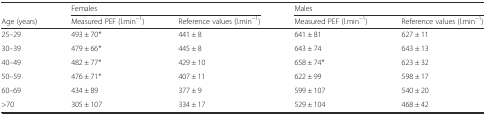
<table><thead><tr><td>[EMPTY_CELL]</td><td colspan="2"><b>Females</b></td><td colspan="2"><b>Males</b></td></tr><tr><td><b>Age (years)</b></td><td><b>Measured PEF (l.min<sup>−1</sup>)</b></td><td><b>Reference values (l.min<sup>−1</sup>)</b></td><td><b>Measured PEF (l.min<sup>−1</sup>)</b></td><td><b>Reference values (l.min<sup>−1</sup>)</b></td></tr></thead><tbody><tr><td>25–29</td><td>493 ± 70*</td><td>441 ± 8</td><td>641 ± 81</td><td>627 ± 11</td></tr><tr><td>30–39</td><td>479 ± 66*</td><td>445 ± 8</td><td>643 ± 74</td><td>643 ± 13</td></tr><tr><td>40–49</td><td>482 ± 77*</td><td>429 ± 10</td><td>658 ± 74*</td><td>623 ± 32</td></tr><tr><td>50–59</td><td>476 ± 71*</td><td>407 ± 11</td><td>622 ± 99</td><td>598 ± 17</td></tr><tr><td>60–69</td><td>434 ± 89</td><td>377 ± 9</td><td>599 ± 107</td><td>540 ± 20</td></tr><tr><td>&gt;70</td><td>305 ± 107</td><td>334 ± 17</td><td>529 ± 104</td><td>468 ± 42</td></tr></tbody></table>